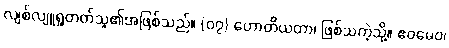
လျစ်လျူရှုတတ်သူ၏အဖြစ်သည်။ {၀၇} ဟောတိယထာ၊ ဖြစ်သကဲ့သို့။ ဧဝမေဝ၊